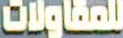
للمقاولات